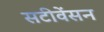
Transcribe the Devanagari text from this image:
सटीवेंसन